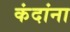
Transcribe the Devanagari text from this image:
कंदांना